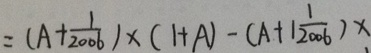
= ( A + \frac { 1 } { 2 0 0 6 } ) \times ( 1 + A ) - ( A + 1 \frac { 1 } { 2 0 0 6 } ) x